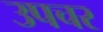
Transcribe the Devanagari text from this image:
उपचर